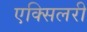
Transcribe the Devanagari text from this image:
एक्सिलरी